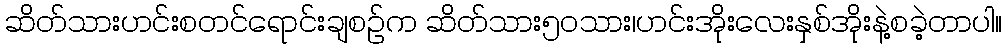
ဆိတ်သားဟင်းစတင်ရောင်းချစဥ်က ဆိတ်သား၅၀သား၊ဟင်းအိုးလေးနှစ်အိုးနဲ့စခဲ့တာပါ။